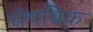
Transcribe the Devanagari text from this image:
चेषविक